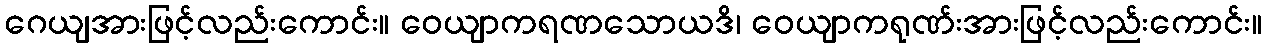
ဂေယျအားဖြင့်လည်းကောင်း။ ဝေယျာကရဏသောယဒိ၊ ဝေယျာကရုဏ်းအားဖြင့်လည်းကောင်း။